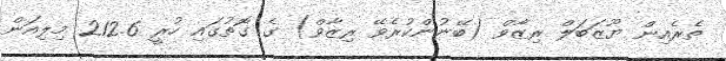
ތެރެއިން ޔޫޒަބަލް ރިޒާވް (ބޭނުންކުރެވޭ ރިޒާވް) ގެ ގޮތުގައި ހުރީ 212.6 މިލިއަން